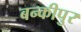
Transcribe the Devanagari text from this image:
बन्कीपुर